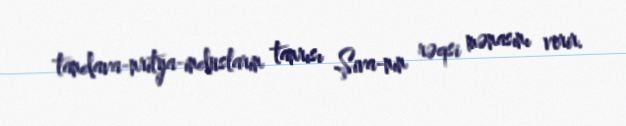
tandava-nritya-induslarin tanrısı Şiva-nın rəqsi mənasını verir.